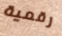
رقمية